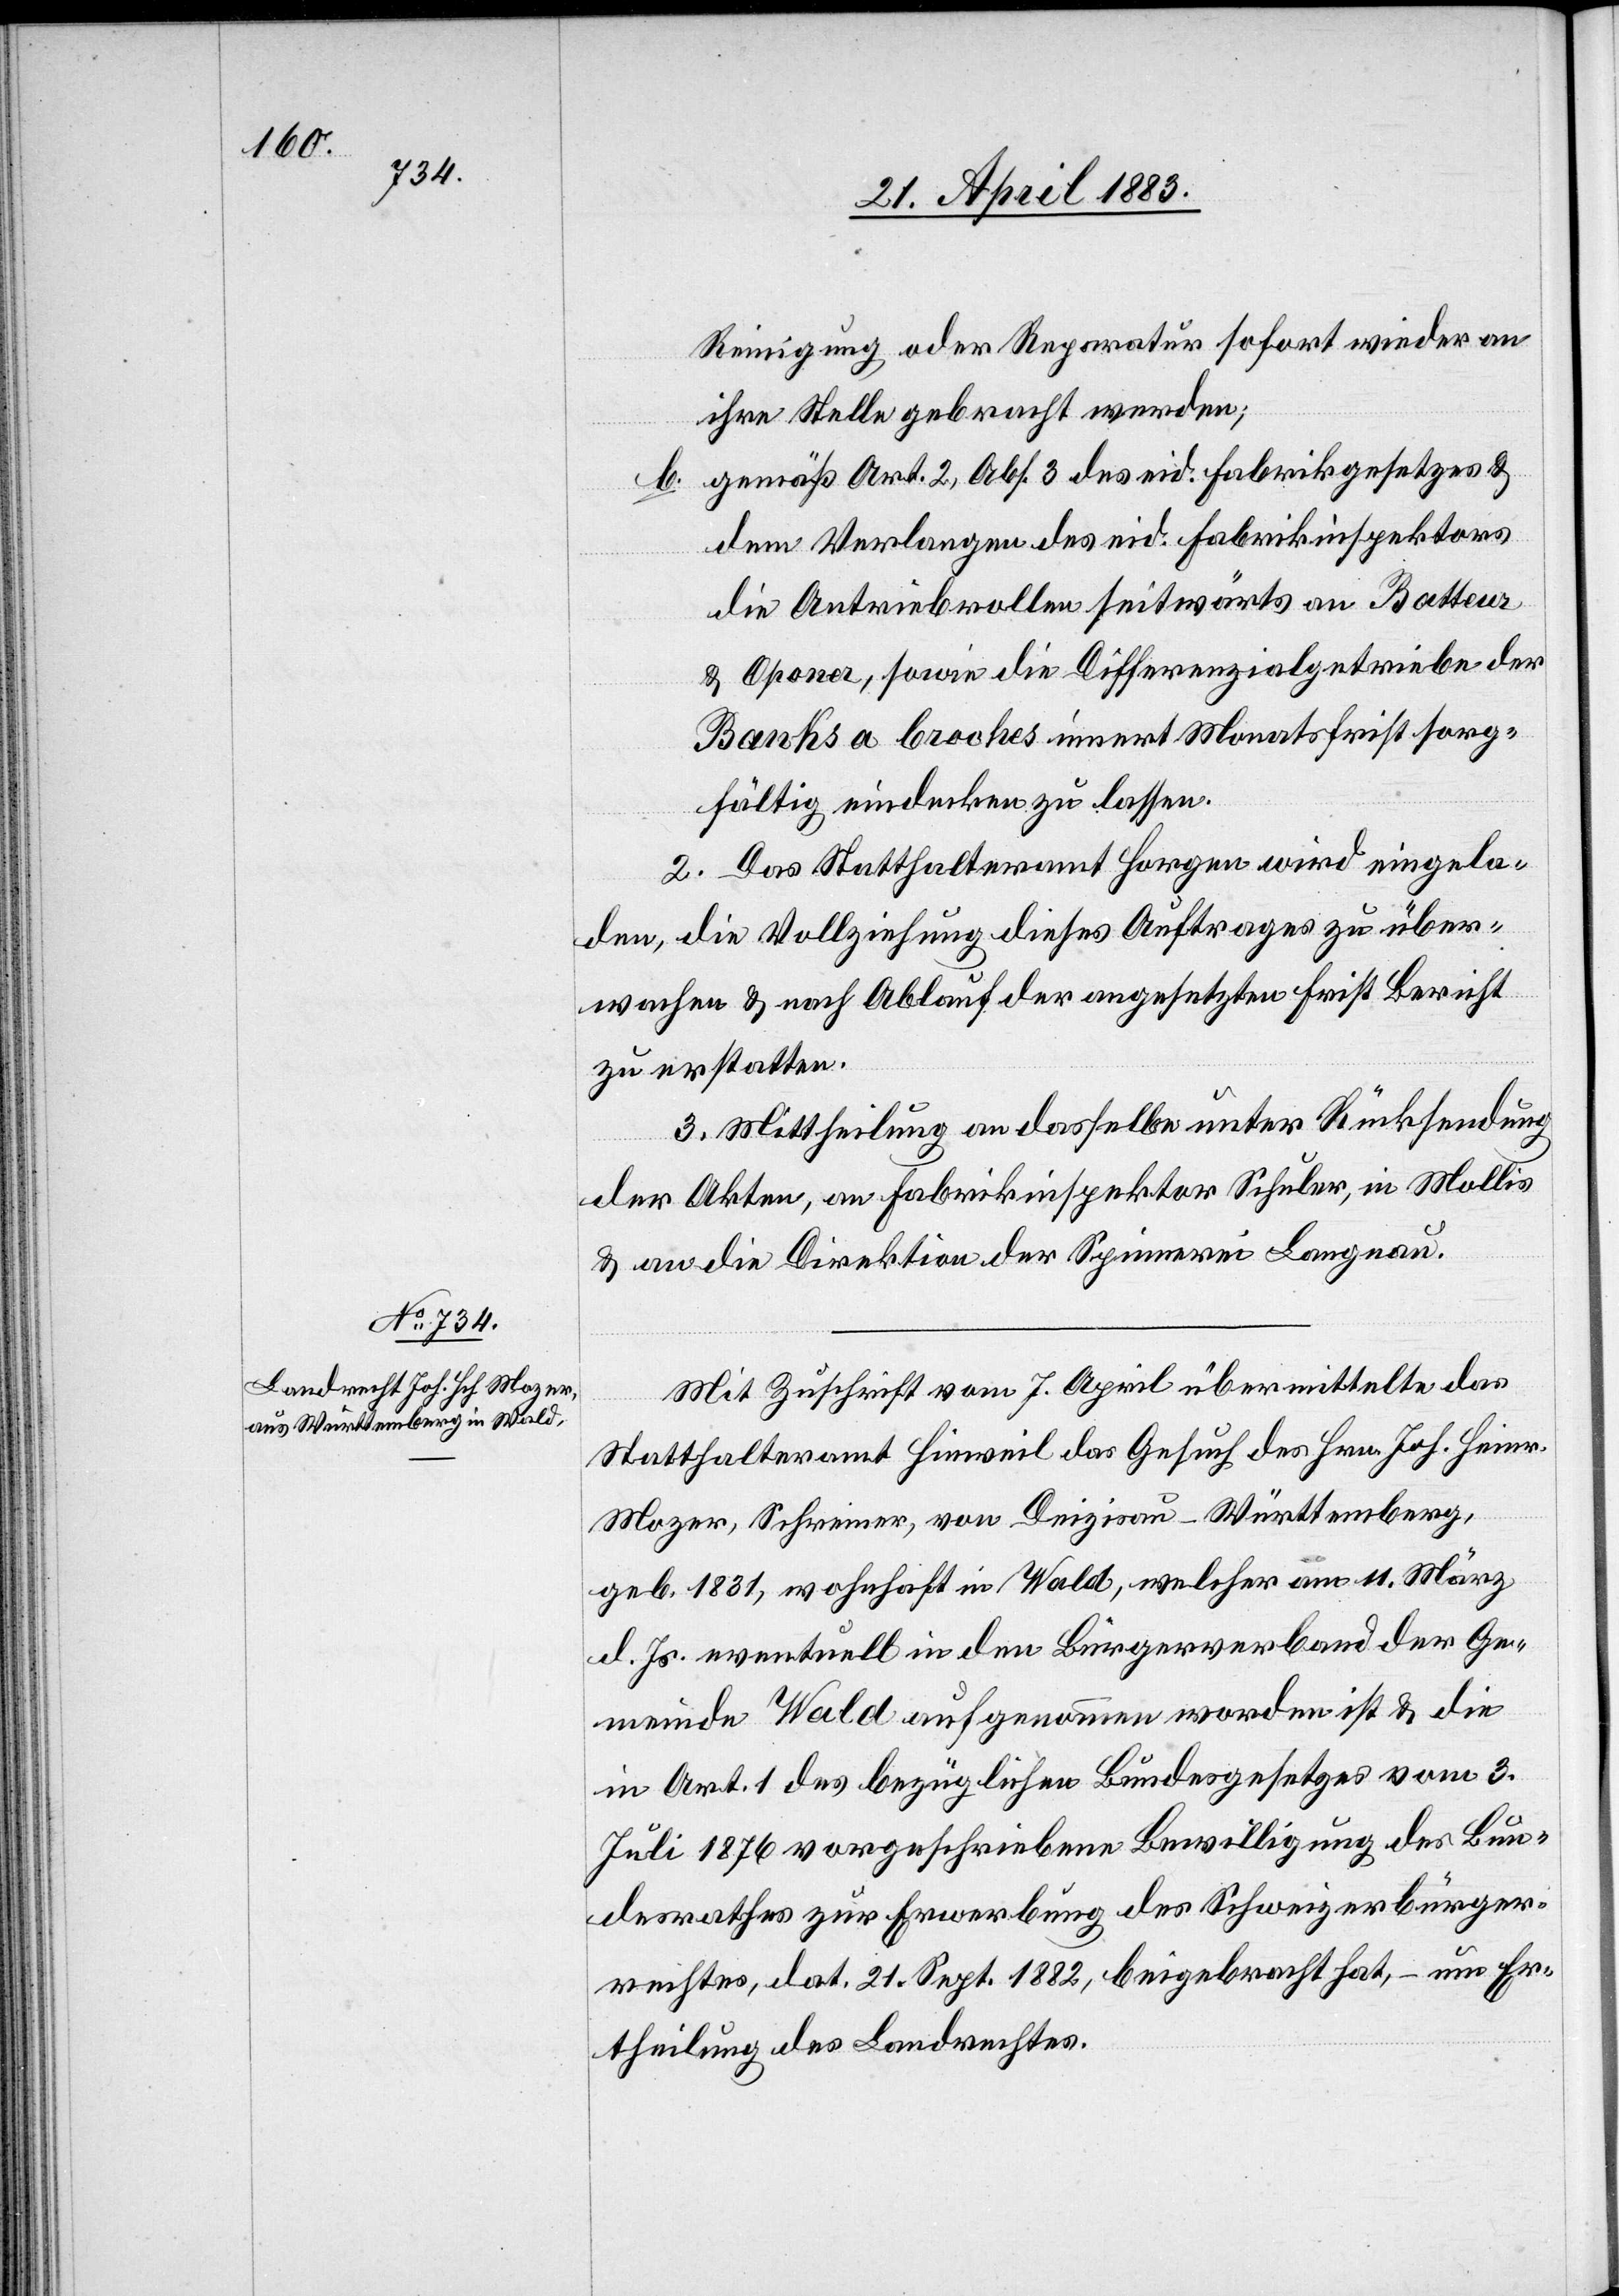
Reinigung oder Reparatur sofort wieder an
ihre Stelle gebracht werden;
gemäß Art. 2, Abs. 3 des eid. Fabrikgesetzes &
b.
dem Verlangen des eid. Fabrikinspektors
die Antriebrollen seitwärts an Batteur
[sic!], sowie die Differenzialgetriebe der
Banks a broches innert Monatsfrist sorg¬
fältig eindecken zu lassen.
2. Das Statthalteramt Horgen wird eingela¬
den, die Vollziehung dieses Auftrages zu über¬
wachen & nach Ablauf der angesetzten Frist Bericht
zu erstatten.
3. Mittheilung an dasselbe unter Rücksendung
der Akten, an Fabrikinspektor Schuler, in Mollis
& an die Direktion der Spinnerei Langnau.
Mit Zuschrift vom 7. April übermittelte das
Statthalteramt Hinweil das Gesuch des Hrn. Joh. Heinr.
Mozer, Schreiner, von Deizisau - Württemberg,
geb. 1831, wohnhaft in Wald, welcher am 11. März
d. Js. eventuell in den Bürgerverband der Ge¬
meinde Wald aufgenommen worden ist & die
in Art. 1 des bezüglichen Bundesgesetzes vom 3.
Juli 1876 vorgeschriebene Bewilligung des Bun¬
desrathes zur Erwerbung des Schweizerbürger¬
rechtes, dat. 21. Sept. 1822, beigebracht hat, – um Er¬
theilung des Landrechtes.